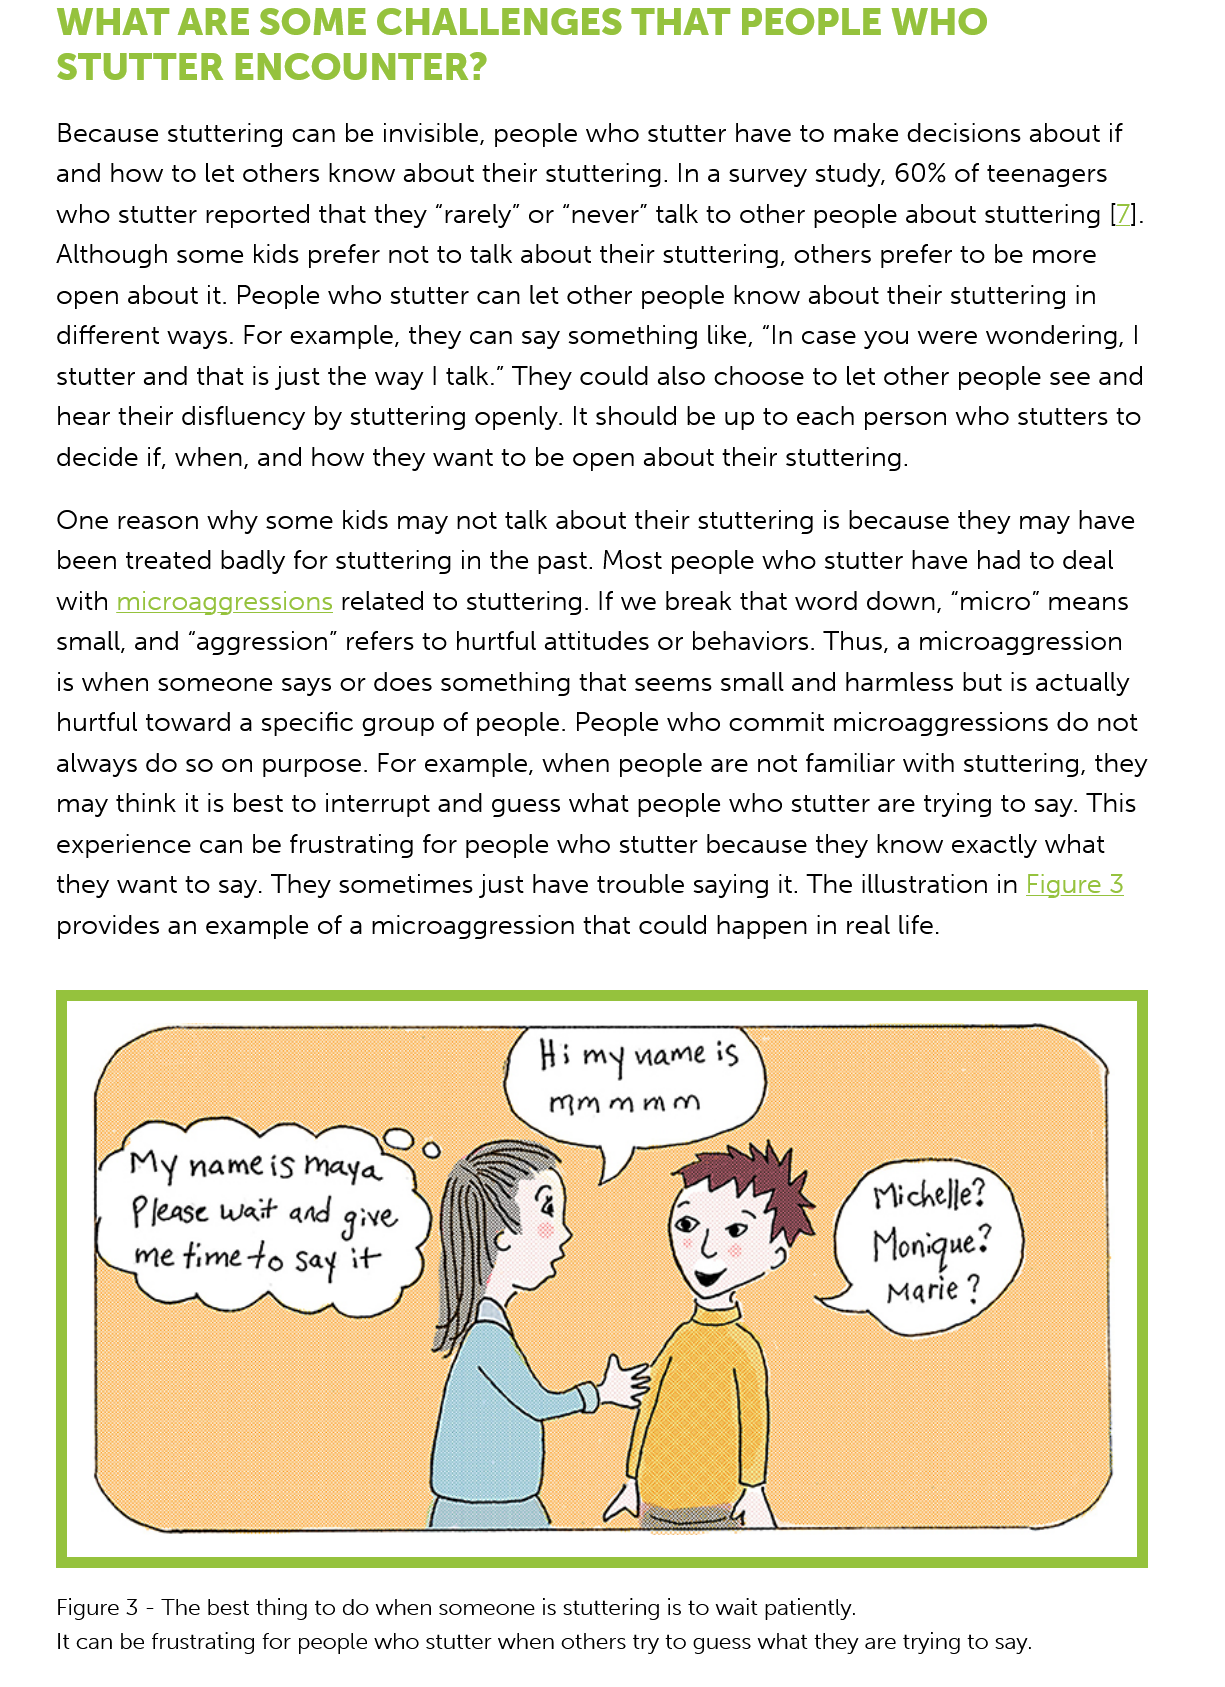
Because stuttering  can be invisible, people who stutter have to make decisions about if
     and  how to let others know  about their stuttering. In a survey study, 60% of teenagers
     who stutter  reported that they “rarely” or “never” talk to other people about stuttering [7].
     Although  some kids  prefer not to talk about their stuttering, others prefer to be more
     open  about it. People who stutter can let other people know  about their stuttering in
     different ways. For example, they can say something like, “In case you were  wondering, |
     stutter and that is just the way | talk.” They could also choose to let other people see and
     hear their disfluency by stuttering openly. It should be up to each person who stutters to
     decide  if, when, and how they want to  be open about their stuttering.
     One  reason  why some kids  may  not talk about their stuttering is because they may have
     been  treated badly for stuttering in the past. Most people who stutter have had to deal
     with microaggressions related  to stuttering. If we break that word down, “micro” means
     small, and “aggression” refers to hurtful attitudes or behaviors. Thus, a microaggression
     is when  someone says   or does something  that seems  small and harmless  but is actually
     hurtful toward a specific group of people. People who   commit  microaggressions  do  not
     always  do so on purpose. For example,  when  people  are not familiar with stuttering, they
     may think it is best to interrupt and guess what people who stutter are trying to say. This
     experience  can be frustrating for people who stutter because  they know  exactly what
     they want  to say. They sometimes just have  trouble saying it. The illustration in Figure
    3
     provides an example   of a microaggression  that could happen in real life.
     WHAT    ARE    SOME    CHALLENGES    THAT    PEOPLE    WHO
     STUTTER    ENCOUNTER?
     Figure 3
     -
     The best thing to do when someone is stuttering is to wait patiently.
     It can be frustrating for people who stutter when others try to guess what they are trying to say.